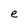
Character: e